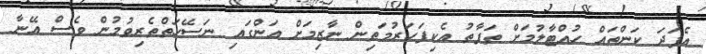
އެފަދަ ކަންތައް ހުއްޓާލުމަށް ތަފާތު އެކިފަހަރުމަތިން ނާޒިމަށް އަންގައި ނަސޭހަތްތެރިވުމުން ވެސް އޭނާ